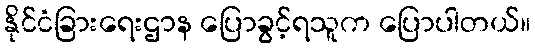
နိုင်ငံခြားရေးဌာန ပြောခွင့်ရသူက ပြောပါတယ်။